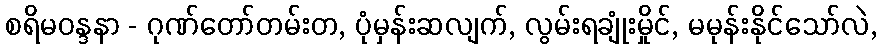
စရိမဝန္ဒနာ - ဂုဏ်တော်တမ်းတ, ပုံမှန်းဆလျက်, လွမ်းရချုံးမှိုင်, မမုန်းနိုင်သော်လဲ,